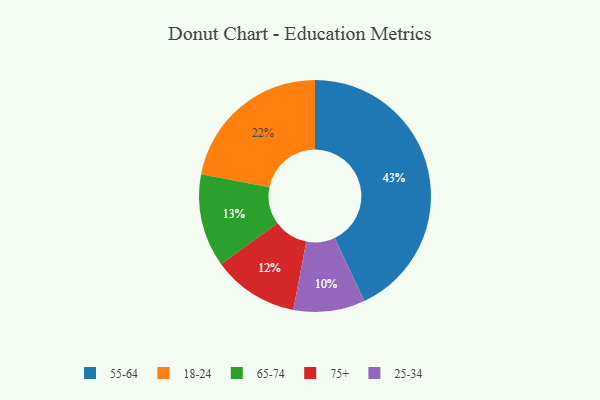
{"axis": {"x": "Category", "y": "Percentage"}, "legend": ["18-24", "25-34", "55-64", "65-74", "75+"], "data": [{"x": "25-34", "y": 10, "type": "25-34"}, {"x": "55-64", "y": 43, "type": "55-64"}, {"x": "75+", "y": 12, "type": "75+"}, {"x": "65-74", "y": 13, "type": "65-74"}, {"x": "18-24", "y": 22, "type": "18-24"}]}